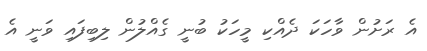
އެ ރަށުން ވާހަކަ ދެއްކި މީހަކު ބުނީ ގެއްލުން ލިބިފައި ވަނީ އެ